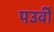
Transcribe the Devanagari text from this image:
पउर्वी